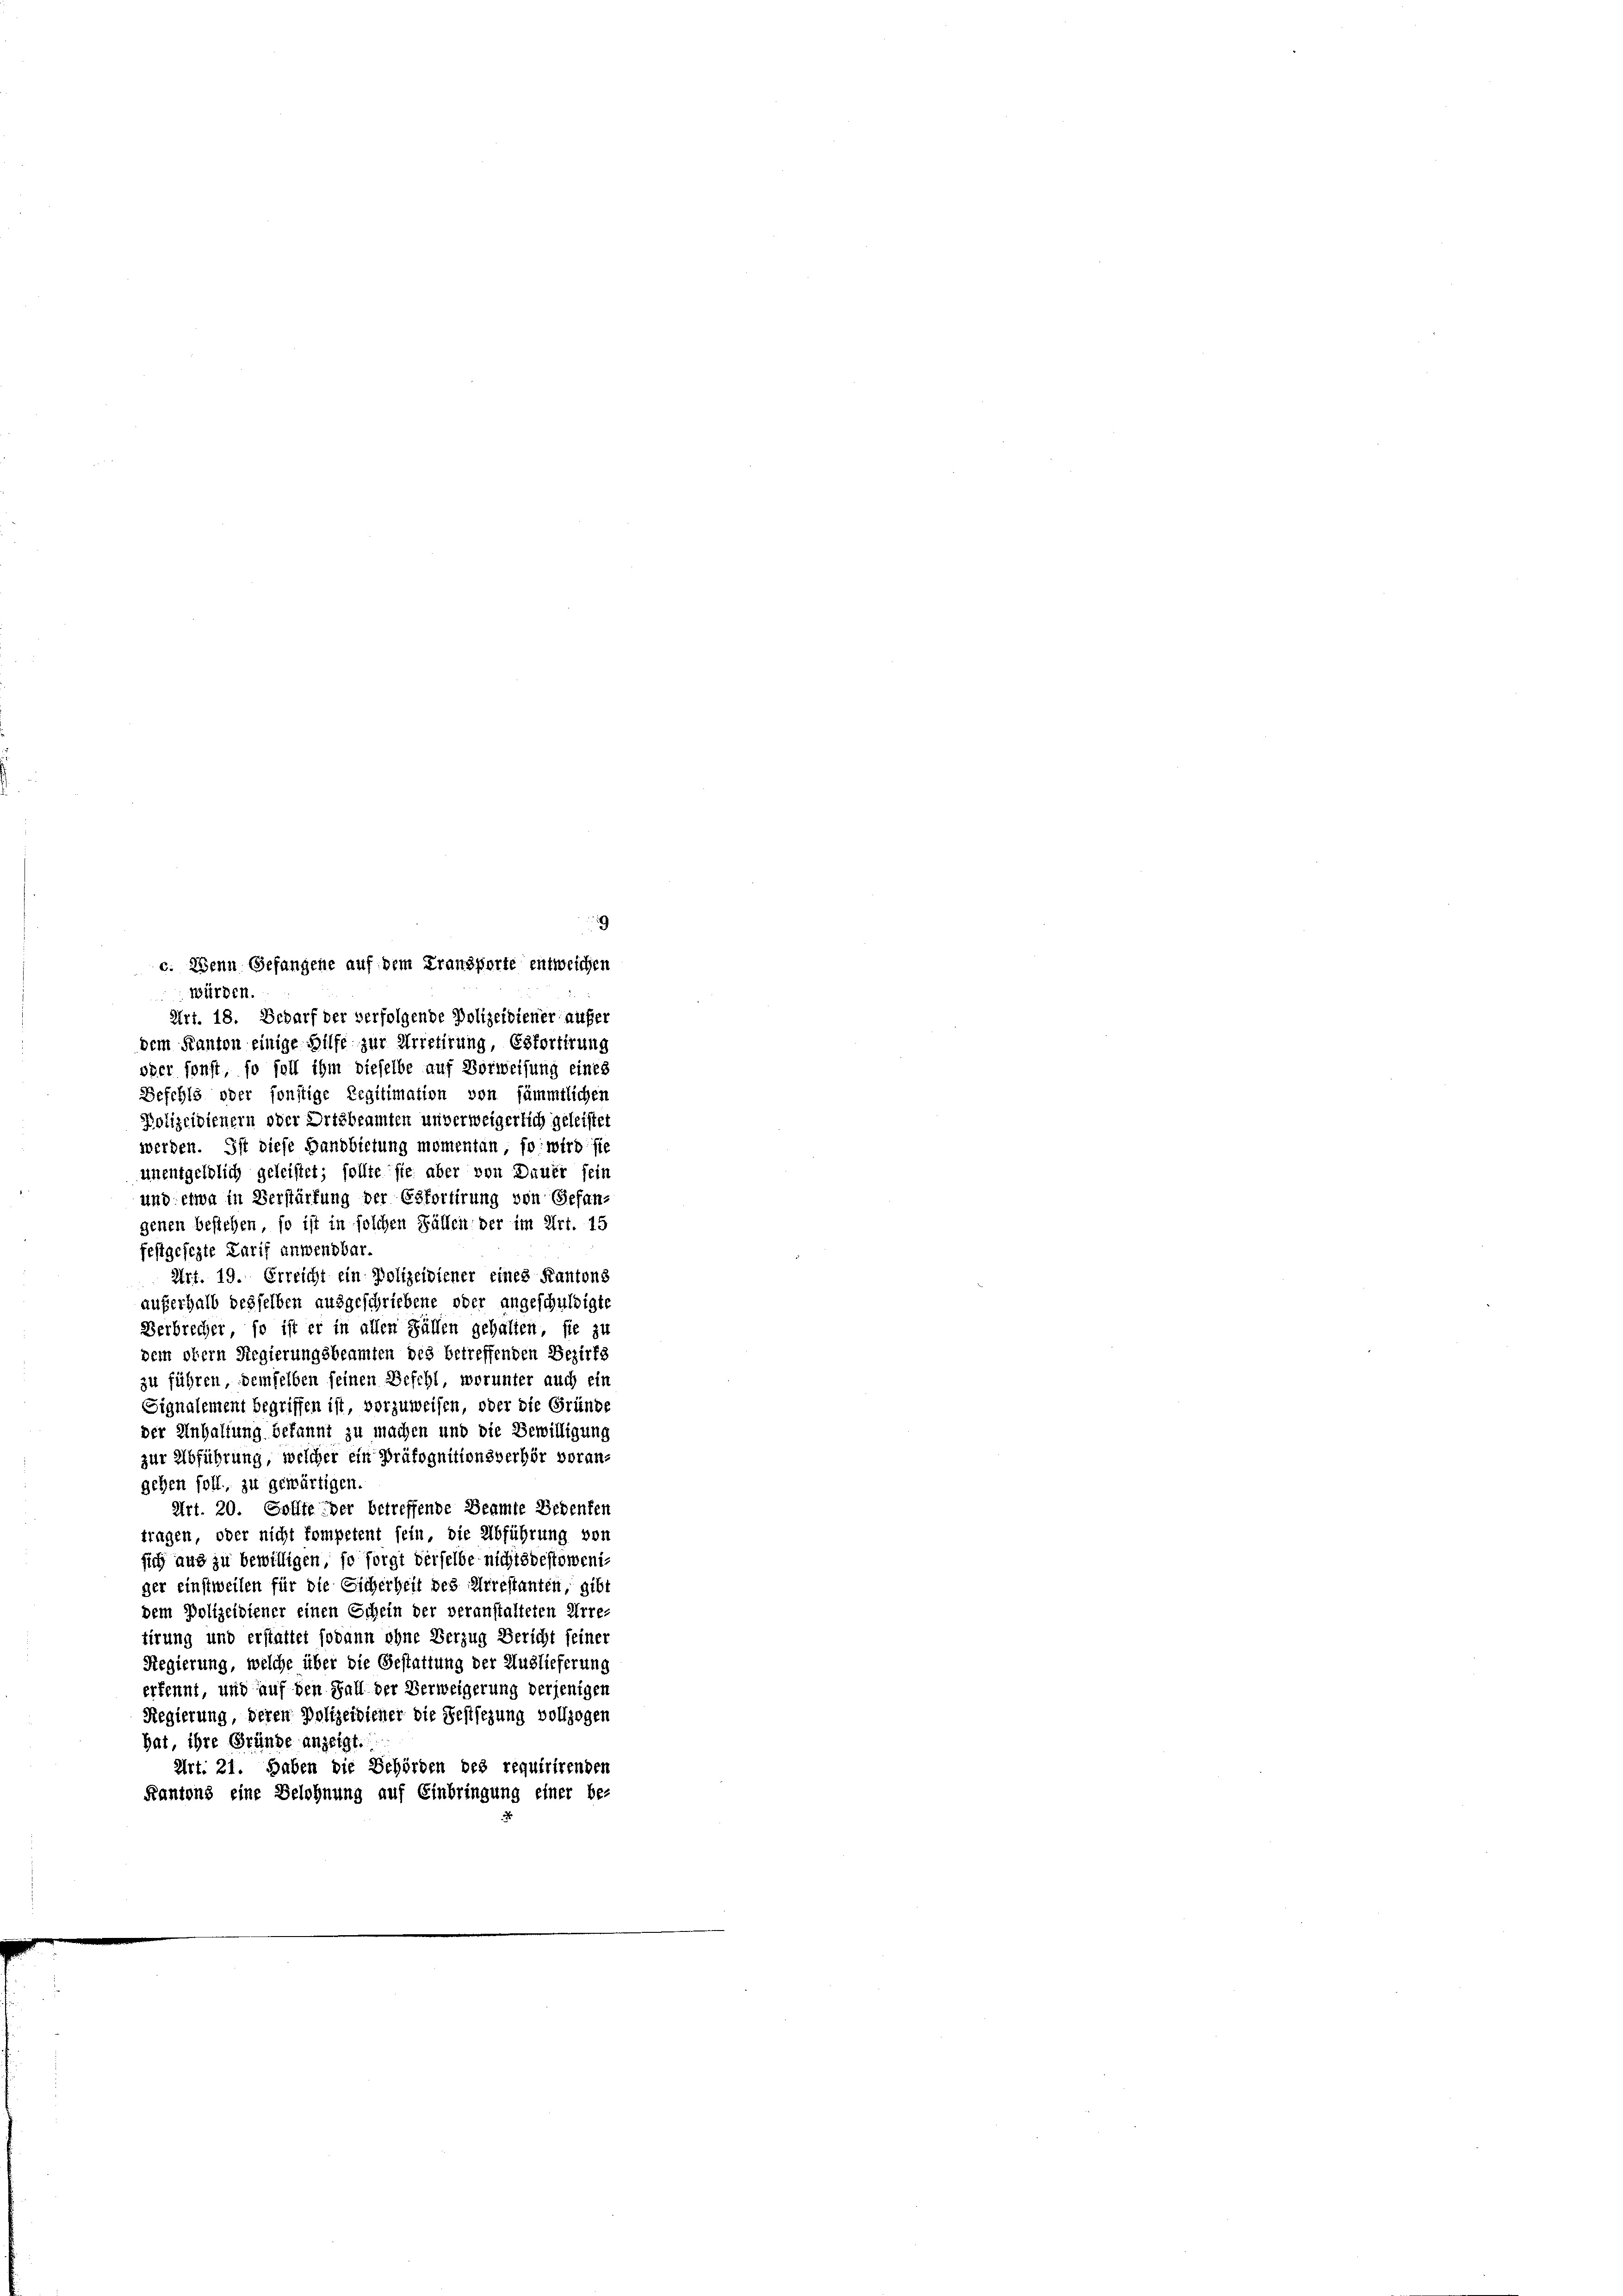
c. Wenn Gefangene auf dem Transporte entweichen
würden.
Art. 18. Bedarf der verfolgende Polizeidiener aufer
dem Kanton einige Hilfe zur Arretirung, Esfortirung
over sonst, so soll ihm dieselbe auf Vorweisung eines
Befehls oder sonstige Legitimation von sämmtlichen
Polizeidienern oder Ortsbeamten unverweigerlich geleistet
werden. Ist diese Handbietung momentan so wird sie
unentgeldlich geleistet; sollte sie aber von Dauer sein
und etwa in Verstärfung der Esfortirung von Gefangenen bestehen, so ist in solchen Fällen der im Art. 15
festgesezte Zurif anwendbar.
Art. 19. Erreicht ein Polizeidiener eines Kantons
250 Fr
auferhalb desselben ausgeschriebene oder angeschuldigte
Verbrecher, so ist er in allen Fällen gehalten, sie zu
dem obern Regierungsbeamten des betreffenden Bezirks
zu führen, demselben seinen Befehl, worunter auch ein
Signalement begriffen ist, vorzuweisen, oder die Gründe
der Anhaltung bekannt zu machen und die Bewilligung
zur Abführung, welcher ein Präfognitionsverhör voran-
gehen soll, zu gewärtigen.
Art. 20. Sollte der betreffende Beamte Bedenten
tragen, oder nicht kompetent sein, die Abführung von
sich aus zu bewilligen, so sorgt derselbe nichtsbestoweniger einstweilen für die Eicherheit des Arrestanten, gibt
dem Polizeidiener einen Schein der veranstalteten Arretirung und erstattet sodann ohne Verzug Bericht feiner
Regierung, welche über die Gestattung der Auslieferung
erkennt, und auf den Fall der Verweigerung derjenigen
Regierung, deren Polizeidiener die Festlegung vollzogen
hat, ihre Gründe anzeigt.
Art. 21. Haben die Behörden des requirirenden
Kantons eine Belohnung auf Einbringung einer be-

9